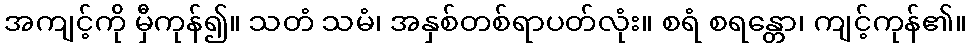
အကျင့်ကို မှီကုန်၍။ သတံ သမံ၊ အနှစ်တစ်ရာပတ်လုံး။ စရံ စရန္တော၊ ကျင့်ကုန်၏။